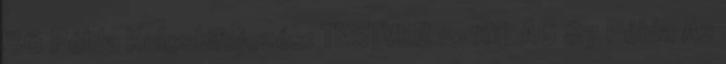
86 Példa Kulcskifejezés: TESTVER 10 ATLAG 87 Példa Az